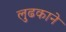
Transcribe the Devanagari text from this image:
लुढकाने